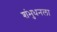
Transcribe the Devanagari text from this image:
शंभुधनला